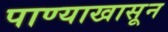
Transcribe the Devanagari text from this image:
पाण्याखासून